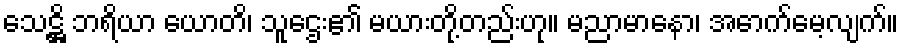
သေဋ္ဌိ ဘရိယာ ယောတိ၊ သူဌေး၏ မယားတို့တည်းဟု။ မညာမာနော၊ အောက်မေ့လျက်။